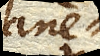
plane